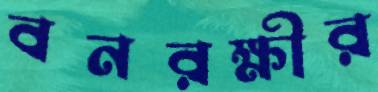
বনরক্ষীর